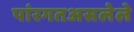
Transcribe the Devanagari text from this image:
पांरगतअसलेले